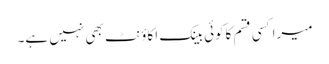
میراکسی قسم کاکوئی بینک اکاؤنٹ بھی نہیں ہے۔